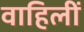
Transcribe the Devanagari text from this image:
वाहिलीं